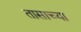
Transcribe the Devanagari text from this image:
तासाच्‍या